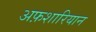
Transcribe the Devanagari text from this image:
अफ़शारियान